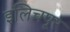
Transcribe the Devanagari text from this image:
इलिचपूर